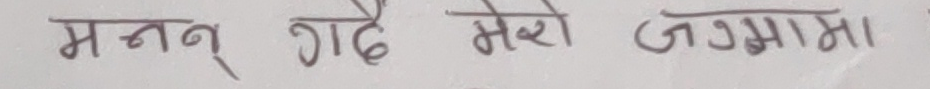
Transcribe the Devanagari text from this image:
मन्मन् गर्दै मेरो जग्गामा